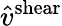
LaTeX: \hat{v}^{\mathrm{shear}}